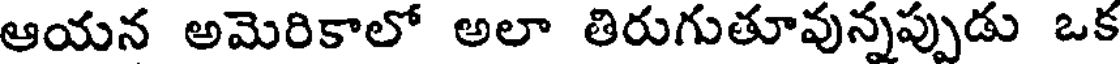
ఆయన అమెరికాలో అలా తిరుగుతూవున్నప్పుడు ఒక